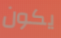
يكون